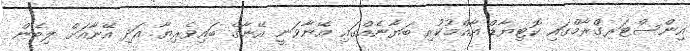
އިންސްޓަރގްރާމްގައި ކޮޮޓިޔާޑް އާއްމުކުރި ބަޔާނެއްގައި އޭނާވަނީ އޭނާގެ ބައިވެރިޔާ އަދި އޭނާއަށް ލިބެން